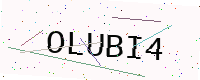
Text: OLUBI4